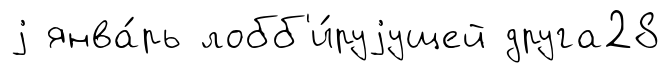
j янва́рь лобб'и́руjущей друга28